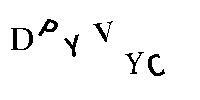
DPYVYC